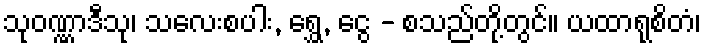
သုဝဏ္ဏာဒီသု၊ သလေးစပါး, ရွှေ, ငွေ - စသည်တို့တွင်။ ယထာရုစိတံ၊